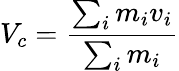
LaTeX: V_{c}={\frac{\sum_{i}m_{i}v_{i}}{\sum_{i}m_{i}}}